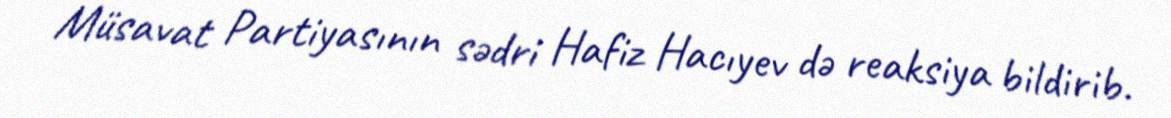
Müsavat Partiyasının sədri Hafiz Hacıyev də reaksiya bildirib.